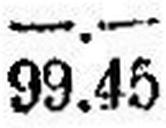
99.45